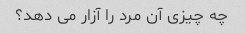
چه چیزی آن مرد را آزار می دهد؟